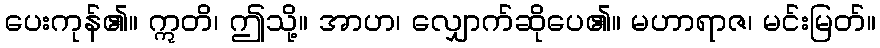
ပေးကုန်၏။ ဣတိ၊ ဤသို့။ အာဟ၊ လျှောက်ဆိုပေ၏။ မဟာရာဇ၊ မင်းမြတ်။